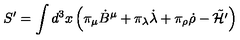
S ^ { \prime } = \int d ^ { 3 } x \left( \pi _ { \mu } { \dot { B } } ^ { \mu } + \pi _ { \lambda } { \dot { \lambda } } + \pi _ { \rho } { \dot { \rho } } - \tilde { \cal H ^ { \prime } } \right)